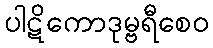
ပါဋိကောဒုမ္ဗရီစေဝ